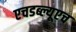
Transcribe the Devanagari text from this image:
एचडब्ल्यूएच